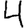
Digit: 4